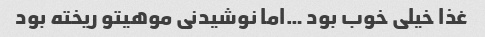
غذا خیلی خوب بود …اما نوشیدنی موهیتو ریخته بود